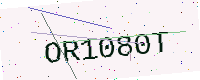
Text: OR1080T